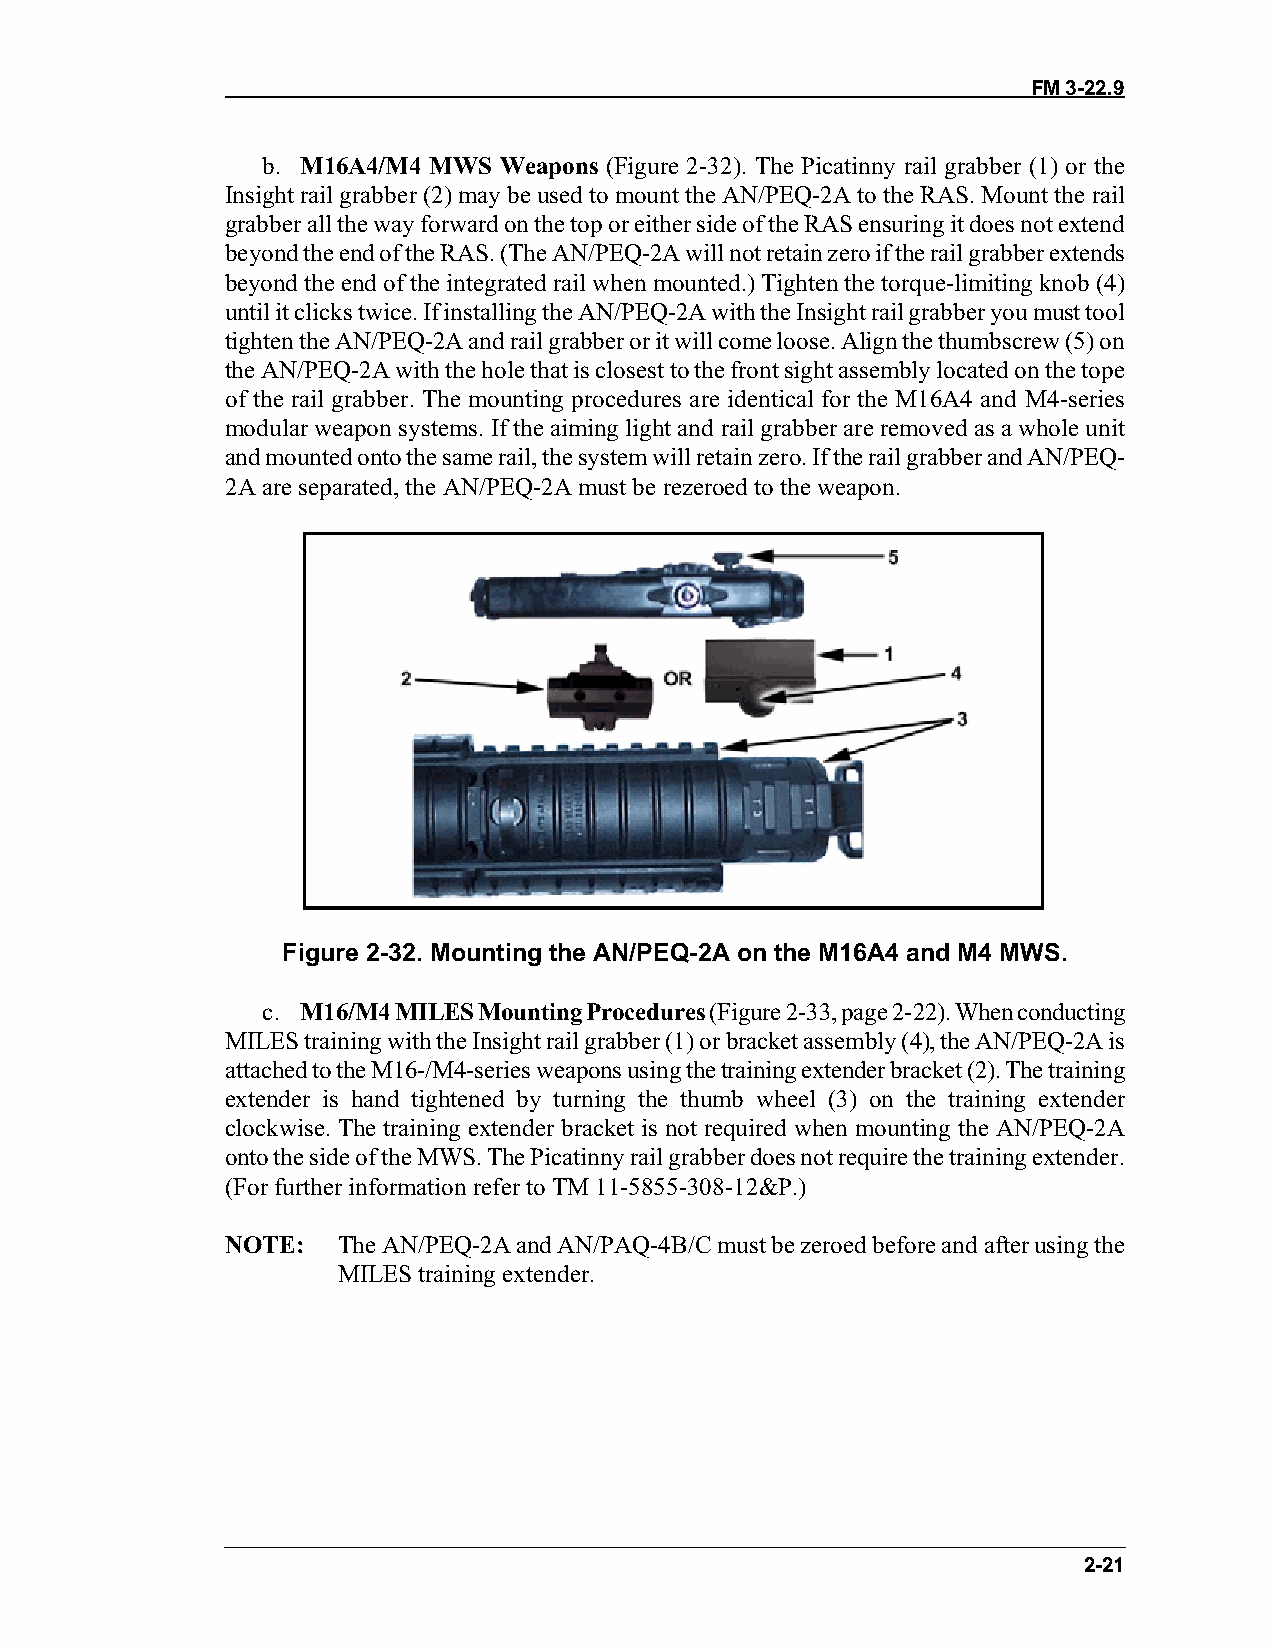
FM 3-22.9
 b. M16A4/M4 MWS Weapons (Figure 2-32). The Picatinny rail grabber (1) or the
 Insight rail grabber (2) may be used to mount the AN/PEQ-2A to the RAS. Mount the rail
 grabber all the way forward on the top or either side of the RAS ensuring it does not extend
 beyond the end of the RAS. (The AN/PEQ-2A will not retain zero if the rail grabber extends
 beyond the end of the integrated rail when mounted.) Tighten the torque-limiting knob (4)
 until it clicks twice. If installing the AN/PEQ-2A with the Insight rail grabber you must tool
 tighten the AN/PEQ-2A and rail grabber or it will come loose. Align the thumbscrew (5) on
 the AN/PEQ-2A with the hole that is closest to the front sight assembly located on the tope
 of the rail grabber. The mounting procedures are identical for the M16A4 and M4-series
 modular weapon systems. If the aiming light and rail grabber are removed as a whole unit
 and mounted onto the same rail, the system will retain zero. If the rail grabber and AN/PEQ-
 2A are separated, the AN/PEQ-2A must be rezeroed to the weapon.
 Figure 2-32. Mounting the AN/PEQ-2A on the M16A4 and M4 MWS.
 c. M16/M4 MILES Mounting Procedures (Figure 2-33, page 2-22). When conducting
 MILES training with the Insight rail grabber (1) or bracket assembly (4), the AN/PEQ-2A is
 attached to the M16-/M4-series weapons using the training extender bracket (2). The training
 extender is hand tightened by turning the thumb wheel (3) on the training extender
 clockwise. The training extender bracket is not required when mounting the AN/PEQ-2A
 onto the side of the MWS. The Picatinny rail grabber does not require the training extender.
 (For further information refer to TM 11-5855-308-12&P.)
 NOTE:  The AN/PEQ-2A and AN/PAQ-4B/C must be zeroed before and after using the
 MILES training extender.
 2-21